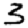
Digit: 3